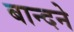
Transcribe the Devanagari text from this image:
बान्दने